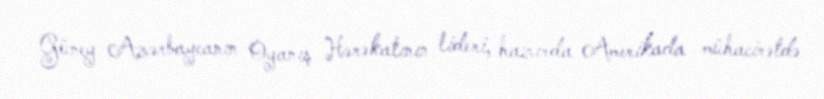
Güney Azərbaycanın Oyanış Hərəkatının lideri, hazırda Amerikada mühacirətdə